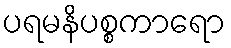
ပရမနိပစ္စကာရော